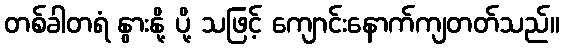
တစ်ခါတရံ နွားနို့ ပို့ သဖြင့် ကျောင်းနောက်ကျတတ်သည်။